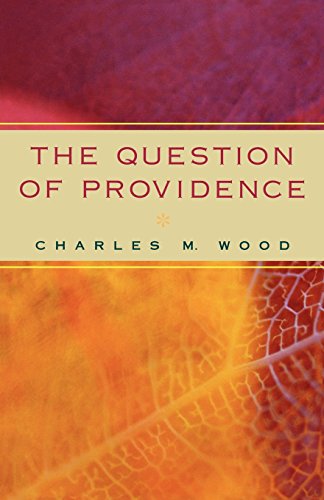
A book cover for The Question of Providence; Charles M. Wood; Christian Books & Bibles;